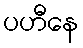
ပဟီနေ